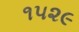
૧૫૨૯